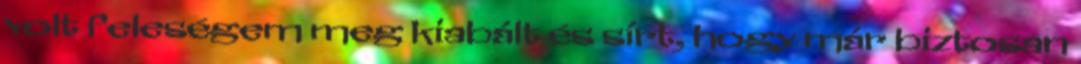
volt feleségem meg kiabált és sírt, hogy már biztosan